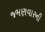
જમણવારની